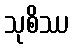
သုစိဿ